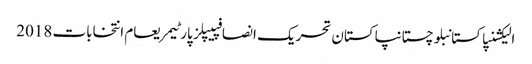
الیکشنپاکستانبلوچستانپاکستان تحریک انصافپیپلز پارٹیمریعام انتخابات 2018